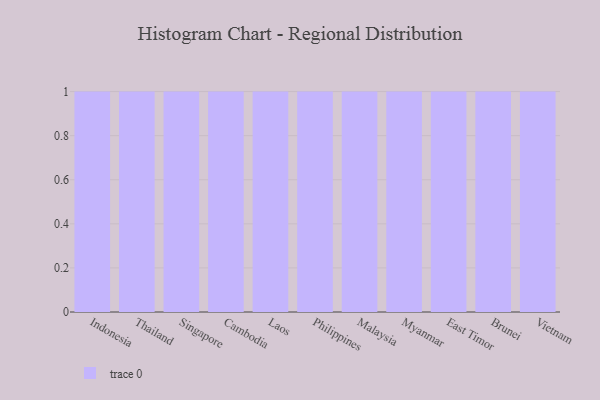
{"axis": {"x": "Country", "y": "Customer Acquisition Cost (USD)"}, "legend": [""], "data": [{"x": "Indonesia", "y": 35, "type": ""}, {"x": "Thailand", "y": 25, "type": ""}, {"x": "Singapore", "y": 21, "type": ""}, {"x": "Cambodia", "y": 53, "type": ""}, {"x": "Laos", "y": 81, "type": ""}, {"x": "Philippines", "y": 52, "type": ""}, {"x": "Malaysia", "y": 5, "type": ""}, {"x": "Myanmar", "y": 28, "type": ""}, {"x": "East Timor", "y": 58, "type": ""}, {"x": "Brunei", "y": 46, "type": ""}, {"x": "Vietnam", "y": 73, "type": ""}]}